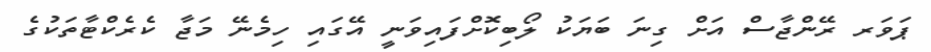
ޕަވަރ ރޭންޖާސް އަށް ގިނަ ބަޔަކު ލޯބިކޮށްފައިވަނީ އޭގައި ހިމެނޭ މަޖާ ކެރެކްޓާތަކުގެ